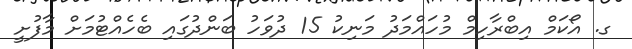
ގ. އޯކަމް އިބްރާހިމް މުހައްމަދު މަނިކު 15 ދުވަހު ބަންދުގައި ބެހެއްޓުމަށް މާފުށީ